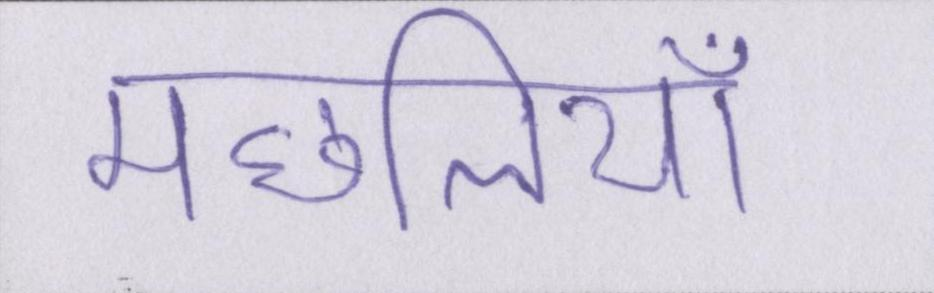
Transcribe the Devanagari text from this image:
मछलियाँ